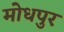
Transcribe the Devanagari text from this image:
मोधपुर